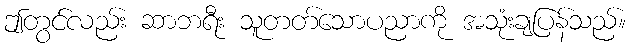
ဤတွင်လည်း ဆာဘရီး သူတတ်သောပညာကို အသုံးချပြန်သည်။